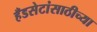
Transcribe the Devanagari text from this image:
हँडसेटांसाठीच्या